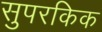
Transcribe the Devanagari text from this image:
सुपरकिक